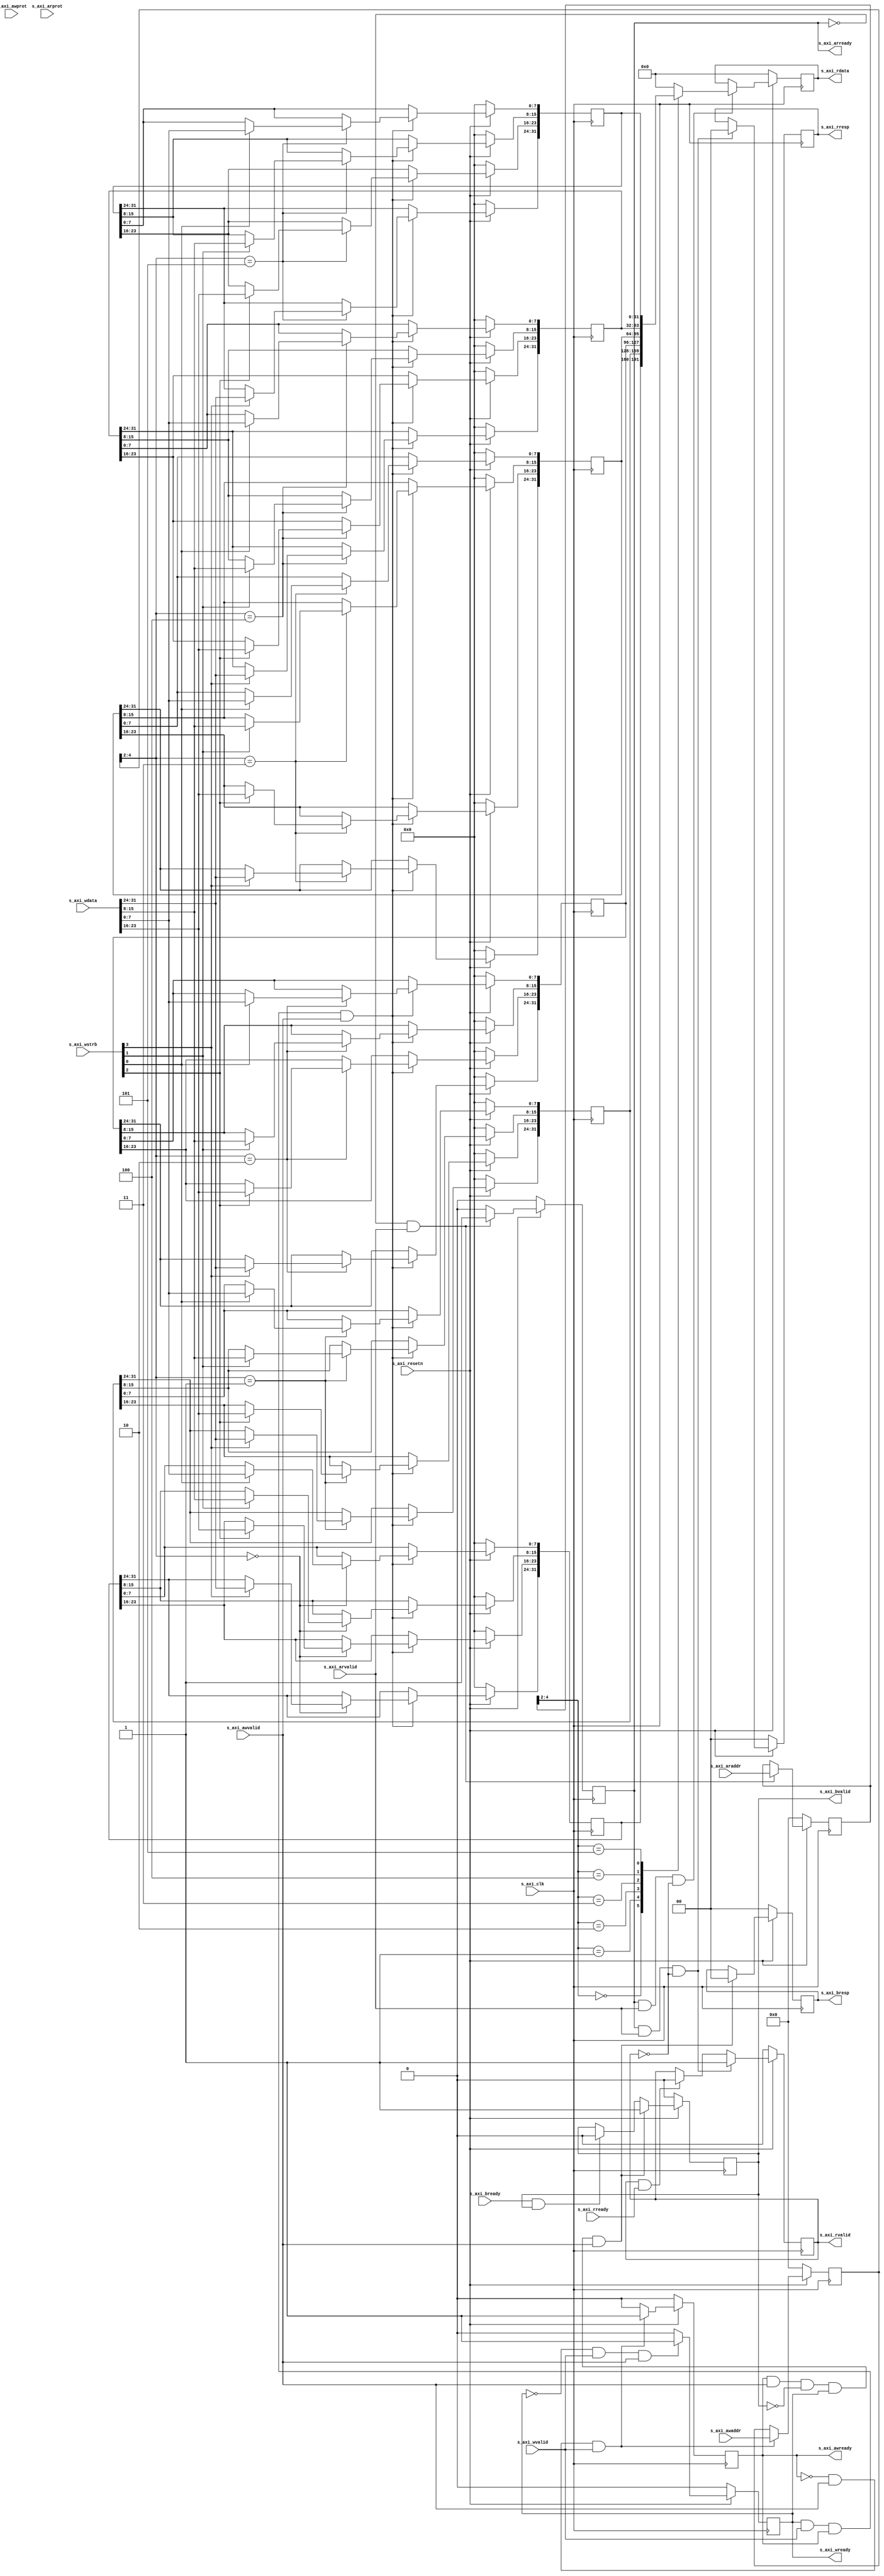
	module s_axi_config #
	(
		// Users to add parameters here

		// User parameters ends
		// Do not modify the parameters beyond this line

		// Width of S_AXI data bus
		parameter integer C_S_AXI_DATA_WIDTH	= 32,
		// Width of S_AXI address bus
		parameter integer C_S_AXI_ADDR_WIDTH	= 5
	)
	(
		// Users to add ports here

		// User ports ends
		// Do not modify the ports beyond this line

		// Global Clock Signal
		input wire  s_axi_clk,
		// Global Reset Signal. This Signal is Active LOW
		input wire  s_axi_resetn,
		// Write address (issued by master, acceped by Slave)
		input wire [C_S_AXI_ADDR_WIDTH-1 : 0] s_axi_awaddr,
		// Write channel Protection type. This signal indicates the
    // privilege and security level of the transaction, and whether
    // the transaction is a data access or an instruction access.
		input wire [2 : 0] s_axi_awprot,
		// Write address valid. This signal indicates that the master signaling
    // valid write address and control information.
		input wire  s_axi_awvalid,
		// Write address ready. This signal indicates that the slave is ready
    // to accept an address and associated control signals.
		output wire  s_axi_awready,
		// Write data (issued by master, acceped by Slave) 
		input wire [C_S_AXI_DATA_WIDTH-1 : 0] s_axi_wdata,
		// Write strobes. This signal indicates which byte lanes hold
    // valid data. There is one write strobe bit for each eight
    // bits of the write data bus.    
		input wire [(C_S_AXI_DATA_WIDTH/8)-1 : 0] s_axi_wstrb,
		// Write valid. This signal indicates that valid write
    // data and strobes are available.
		input wire  s_axi_wvalid,
		// Write ready. This signal indicates that the slave
    // can accept the write data.
		output wire  s_axi_wready,
		// Write response. This signal indicates the status
    // of the write transaction.
		output wire [1 : 0] s_axi_bresp,
		// Write response valid. This signal indicates that the channel
    // is signaling a valid write response.
		output wire  s_axi_bvalid,
		// Response ready. This signal indicates that the master
    // can accept a write response.
		input wire  s_axi_bready,
		// Read address (issued by master, acceped by Slave)
		input wire [C_S_AXI_ADDR_WIDTH-1 : 0] s_axi_araddr,
		// Protection type. This signal indicates the privilege
    // and security level of the transaction, and whether the
    // transaction is a data access or an instruction access.
		input wire [2 : 0] s_axi_arprot,
		// Read address valid. This signal indicates that the channel
    // is signaling valid read address and control information.
		input wire  s_axi_arvalid,
		// Read address ready. This signal indicates that the slave is
    // ready to accept an address and associated control signals.
		output wire  s_axi_arready,
		// Read data (issued by slave)
		output wire [C_S_AXI_DATA_WIDTH-1 : 0] s_axi_rdata,
		// Read response. This signal indicates the status of the
    // read transfer.
		output wire [1 : 0] s_axi_rresp,
		// Read valid. This signal indicates that the channel is
    // signaling the required read data.
		output wire  s_axi_rvalid,
		// Read ready. This signal indicates that the master can
    // accept the read data and response information.
		input wire  s_axi_rready
	);


	// AXI4LITE signals
	reg [C_S_AXI_ADDR_WIDTH-1 : 0] 	axi_awaddr;
	reg  	axi_awready;
	reg  	axi_wready;
	reg [1 : 0] 	axi_bresp;
	reg  	axi_bvalid;
	reg [C_S_AXI_ADDR_WIDTH-1 : 0] 	axi_araddr;
	reg  	axi_arready;
	reg [C_S_AXI_DATA_WIDTH-1 : 0] 	axi_rdata;
	reg [1 : 0] 	axi_rresp;
	reg  	axi_rvalid;

	// Example-specific design signals
	// local parameter for addressing 32 bit / 64 bit C_S_AXI_DATA_WIDTH
	// ADDR_LSB is used for addressing 32/64 bit registers/memories
	// ADDR_LSB = 2 for 32 bits (n downto 2)
	// ADDR_LSB = 3 for 64 bits (n downto 3)
	localparam integer ADDR_LSB = (C_S_AXI_DATA_WIDTH/32) + 1;
	localparam integer OPT_MEM_ADDR_BITS = 2;
	//----------------------------------------------
	//-- Signals for user logic register space example
	//------------------------------------------------
	//-- Number of Slave Registers 6
	reg [C_S_AXI_DATA_WIDTH-1:0]	slv_reg0;
	reg [C_S_AXI_DATA_WIDTH-1:0]	slv_reg1;
	reg [C_S_AXI_DATA_WIDTH-1:0]	slv_reg2;
	reg [C_S_AXI_DATA_WIDTH-1:0]	slv_reg3;
	reg [C_S_AXI_DATA_WIDTH-1:0]	slv_reg4;
	reg [C_S_AXI_DATA_WIDTH-1:0]	slv_reg5;
	wire	 slv_reg_rden;
	wire	 slv_reg_wren;
	reg [C_S_AXI_DATA_WIDTH-1:0]	 reg_data_out;
	integer	 byte_index;

	// I/O Connections assignments

	assign s_axi_awready	= axi_awready;
	assign s_axi_wready	= axi_wready;
	assign s_axi_bresp	= axi_bresp;
	assign s_axi_bvalid	= axi_bvalid;
	assign s_axi_arready	= axi_arready;
	assign s_axi_rdata	= axi_rdata;
	assign s_axi_rresp	= axi_rresp;
	assign s_axi_rvalid	= axi_rvalid;
	// Implement axi_awready generation
	// axi_awready is asserted for one s_axi_aclk clock cycle when both
	// S_AXI_AWVALID and S_AXI_WVALID are asserted. axi_awready is
	// de-asserted when reset is low.

	always @( posedge s_axi_clk )
	begin
	  if ( s_axi_resetn == 1'b0 )
	    begin
	      axi_awready <= 1'b0;
	    end 
	  else
	    begin    
	      if (~axi_awready && s_axi_awvalid && s_axi_wvalid)
	        begin
	          // slave is ready to accept write address when 
	          // there is a valid write address and write data
	          // on the write address and data bus. This design 
	          // expects no outstanding transactions. 
	          axi_awready <= 1'b1;
	        end
	      else           
	        begin
	          axi_awready <= 1'b0;
	        end
	    end 
	end       

	// Implement axi_awaddr latching
	// This process is used to latch the address when both 
	// S_AXI_AWVALID and S_AXI_WVALID are valid. 

	always @( posedge s_axi_clk )
	begin
	  if ( s_axi_resetn == 1'b0 )
	    begin
	      axi_awaddr <= 0;
	    end 
	  else
	    begin    
	      if (~axi_awready && s_axi_awvalid && s_axi_wvalid)
	        begin
	          // Write Address latching 
	          axi_awaddr <= s_axi_awaddr;
	        end
	    end 
	end       

	// Implement axi_wready generation
	// axi_wready is asserted for one s_axi_aclk clock cycle when both
	// S_AXI_AWVALID and S_AXI_WVALID are asserted. axi_wready is 
	// de-asserted when reset is low. 

	always @( posedge s_axi_clk )
	begin
	  if ( s_axi_resetn == 1'b0 )
	    begin
	      axi_wready <= 1'b0;
	    end 
	  else
	    begin    
	      if (~axi_wready && s_axi_wvalid && s_axi_awvalid)
	        begin
	          // slave is ready to accept write data when 
	          // there is a valid write address and write data
	          // on the write address and data bus. This design 
	          // expects no outstanding transactions. 
	          axi_wready <= 1'b1;
	        end
	      else
	        begin
	          axi_wready <= 1'b0;
	        end
	    end 
	end       

	// Implement memory mapped register select and write logic generation
	// The write data is accepted and written to memory mapped registers when
	// axi_awready, S_AXI_WVALID, axi_wready and S_AXI_WVALID are asserted. Write strobes are used to
	// select byte enables of slave registers while writing.
	// These registers are cleared when reset (active low) is applied.
	// Slave register write enable is asserted when valid address and data are available
	// and the slave is ready to accept the write address and write data.
	assign slv_reg_wren = axi_wready && s_axi_wvalid && axi_awready && s_axi_awvalid;

	always @( posedge s_axi_clk )
	begin
	  if ( s_axi_resetn == 1'b0 )
	    begin
	      slv_reg0 <= 0;
	      slv_reg1 <= 0;
	      slv_reg2 <= 0;
	      slv_reg3 <= 0;
	      slv_reg4 <= 0;
	      slv_reg5 <= 0;
	    end 
	  else begin
	    if (slv_reg_wren)
	      begin
	        case ( axi_awaddr[ADDR_LSB+OPT_MEM_ADDR_BITS:ADDR_LSB] )
	          3'h0:
	            for ( byte_index = 0; byte_index <= (C_S_AXI_DATA_WIDTH/8)-1; byte_index = byte_index+1 )
	              if ( s_axi_wstrb[byte_index] == 1 ) begin
	                // Respective byte enables are asserted as per write strobes 
	                // Slave register 0
	                slv_reg0[(byte_index*8) +: 8] <= s_axi_wdata[(byte_index*8) +: 8];
	              end  
	          3'h1:
	            for ( byte_index = 0; byte_index <= (C_S_AXI_DATA_WIDTH/8)-1; byte_index = byte_index+1 )
	              if ( s_axi_wstrb[byte_index] == 1 ) begin
	                // Respective byte enables are asserted as per write strobes 
	                // Slave register 1
	                slv_reg1[(byte_index*8) +: 8] <= s_axi_wdata[(byte_index*8) +: 8];
	              end  
	          3'h2:
	            for ( byte_index = 0; byte_index <= (C_S_AXI_DATA_WIDTH/8)-1; byte_index = byte_index+1 )
	              if ( s_axi_wstrb[byte_index] == 1 ) begin
	                // Respective byte enables are asserted as per write strobes 
	                // Slave register 2
	                slv_reg2[(byte_index*8) +: 8] <= s_axi_wdata[(byte_index*8) +: 8];
	              end  
	          3'h3:
	            for ( byte_index = 0; byte_index <= (C_S_AXI_DATA_WIDTH/8)-1; byte_index = byte_index+1 )
	              if ( s_axi_wstrb[byte_index] == 1 ) begin
	                // Respective byte enables are asserted as per write strobes 
	                // Slave register 3
	                slv_reg3[(byte_index*8) +: 8] <= s_axi_wdata[(byte_index*8) +: 8];
	              end  
	          3'h4:
	            for ( byte_index = 0; byte_index <= (C_S_AXI_DATA_WIDTH/8)-1; byte_index = byte_index+1 )
	              if ( s_axi_wstrb[byte_index] == 1 ) begin
	                // Respective byte enables are asserted as per write strobes 
	                // Slave register 4
	                slv_reg4[(byte_index*8) +: 8] <= s_axi_wdata[(byte_index*8) +: 8];
	              end  
	          3'h5:
	            for ( byte_index = 0; byte_index <= (C_S_AXI_DATA_WIDTH/8)-1; byte_index = byte_index+1 )
	              if ( s_axi_wstrb[byte_index] == 1 ) begin
	                // Respective byte enables are asserted as per write strobes 
	                // Slave register 5
	                slv_reg5[(byte_index*8) +: 8] <= s_axi_wdata[(byte_index*8) +: 8];
	              end  
	          default : begin
	                      slv_reg0 <= slv_reg0;
	                      slv_reg1 <= slv_reg1;
	                      slv_reg2 <= slv_reg2;
	                      slv_reg3 <= slv_reg3;
	                      slv_reg4 <= slv_reg4;
	                      slv_reg5 <= slv_reg5;
	                    end
	        endcase
	      end
	  end
	end    

	// Implement write response logic generation
	// The write response and response valid signals are asserted by the slave 
	// when axi_wready, S_AXI_WVALID, axi_wready and S_AXI_WVALID are asserted.  
	// This marks the acceptance of address and indicates the status of 
	// write transaction.

	always @( posedge s_axi_clk )
	begin
	  if ( s_axi_resetn == 1'b0 )
	    begin
	      axi_bvalid  <= 0;
	      axi_bresp   <= 2'b0;
	    end 
	  else
	    begin    
	      if (axi_awready && s_axi_awvalid && ~axi_bvalid && axi_wready && s_axi_awvalid)
	        begin
	          // indicates a valid write response is available
	          axi_bvalid <= 1'b1;
	          axi_bresp  <= 2'b0; // 'OKAY' response 
	        end                   // work error responses in future
	      else
	        begin
	          if (s_axi_bready && axi_bvalid) 
	            //check if bready is asserted while bvalid is high) 
	            //(there is a possibility that bready is always asserted high)   
	            begin
	              axi_bvalid <= 1'b0; 
	            end  
	        end
	    end
	end   

	// Implement axi_arready generation
	// axi_arready is asserted for one s_axi_aclk clock cycle when
	// S_AXI_ARVALID is asserted. axi_awready is 
	// de-asserted when reset (active low) is asserted. 
	// The read address is also latched when S_AXI_ARVALID is 
	// asserted. axi_araddr is reset to zero on reset assertion.

	always @( posedge s_axi_clk )
	begin
	  if ( s_axi_resetn == 1'b0 )
	    begin
	      axi_arready <= 1'b0;
	      axi_araddr  <= 32'b0;
	    end 
	  else
	    begin    
	      if (~axi_arready && s_axi_arvalid)
	        begin
	          // indicates that the slave has acceped the valid read address
	          axi_arready <= 1'b1;
	          // Read address latching
	          axi_araddr  <= s_axi_araddr;
	        end
	      else
	        begin
	          axi_arready <= 1'b0;
	        end
	    end 
	end       

	// Implement axi_arvalid generation
	// axi_rvalid is asserted for one s_axi_aclk clock cycle when both 
	// S_AXI_ARVALID and axi_arready are asserted. The slave registers 
	// data are available on the axi_rdata bus at this instance. The 
	// assertion of axi_rvalid marks the validity of read data on the 
	// bus and axi_rresp indicates the status of read transaction.axi_rvalid 
	// is deasserted on reset (active low). axi_rresp and axi_rdata are 
	// cleared to zero on reset (active low).  
	always @( posedge s_axi_clk )
	begin
	  if ( s_axi_resetn == 1'b0 )
	    begin
	      axi_rvalid <= 0;
	      axi_rresp  <= 0;
	    end 
	  else
	    begin    
	      if (axi_arready && s_axi_arvalid && ~axi_rvalid)
	        begin
	          // Valid read data is available at the read data bus
	          axi_rvalid <= 1'b1;
	          axi_rresp  <= 2'b0; // 'OKAY' response
	        end   
	      else if (axi_rvalid && s_axi_rready)
	        begin
	          // Read data is accepted by the master
	          axi_rvalid <= 1'b0;
	        end                
	    end
	end    

	// Implement memory mapped register select and read logic generation
	// Slave register read enable is asserted when valid address is available
	// and the slave is ready to accept the read address.
	assign slv_reg_rden = axi_arready & s_axi_arvalid & ~axi_rvalid;
	always @(*)
	begin
	  if ( s_axi_resetn == 1'b0 )
	    begin
	      reg_data_out <= 0;
	    end 
	  else
	    begin    
	      // Address decoding for reading registers
	      case ( axi_araddr[ADDR_LSB+OPT_MEM_ADDR_BITS:ADDR_LSB] )
	        3'h0   : reg_data_out <= slv_reg0;
	        3'h1   : reg_data_out <= slv_reg1;
	        3'h2   : reg_data_out <= slv_reg2;
	        3'h3   : reg_data_out <= slv_reg3;
	        3'h4   : reg_data_out <= slv_reg4;
	        3'h5   : reg_data_out <= slv_reg5;
	        default : reg_data_out <= 0;
	      endcase
	    end   
	end

	// Output register or memory read data
	always @( posedge s_axi_clk )
	begin
	  if ( s_axi_resetn == 1'b0 )
	    begin
	      axi_rdata  <= 0;
	    end 
	  else
	    begin    
	      // When there is a valid read address (S_AXI_ARVALID) with 
	      // acceptance of read address by the slave (axi_arready), 
	      // output the read dada 
	      if (slv_reg_rden)
	        begin
	          axi_rdata <= reg_data_out;     // register read data
	        end   
	    end
	end    

	// Add user logic here

	// User logic ends

	endmodule